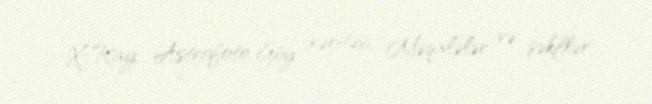
X-Ray, Astrofoto, Göy xəritəsi, Məqalələr və şəkillər.